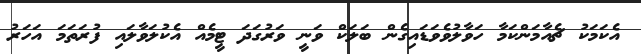
އެކަމަކު ޗެއާމަންކަމާ ހަވާލުވެވަޑައިގެން ބަލަކް ވަނީ ވަރުގަދަ ޓީމެއް އެކުލަވާލައި ފުރަތަމަ އަހަރު